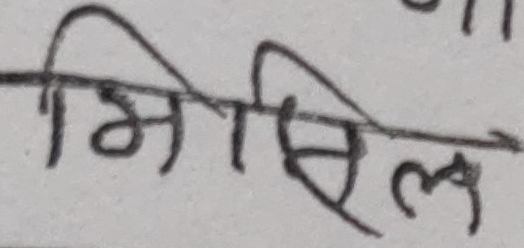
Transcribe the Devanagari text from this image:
मिसिल